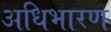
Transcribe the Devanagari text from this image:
अधिभारण